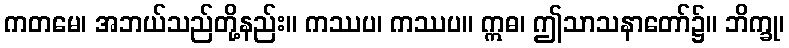
ကတမေ၊ အဘယ်သည်တို့နည်း။ ကဿပ၊ ကဿပ။ ဣဓ၊ ဤသာသနာတော်၌။ ဘိက္ခု၊